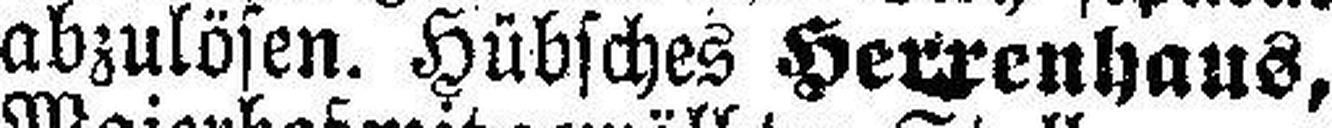
abzulösen. Hübsches Herrenhaus,